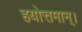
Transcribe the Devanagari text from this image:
हयोत्तमान्।